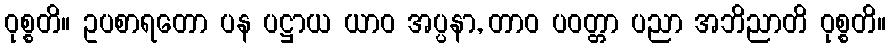
ဝုစ္စတိ။ ဥပစာရတော ပန ပဋ္ဌာယ ယာဝ အပ္ပနာ, တာဝ ပဝတ္တာ ပညာ အဘိညာတိ ဝုစ္စတိ။